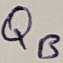
Text: QB